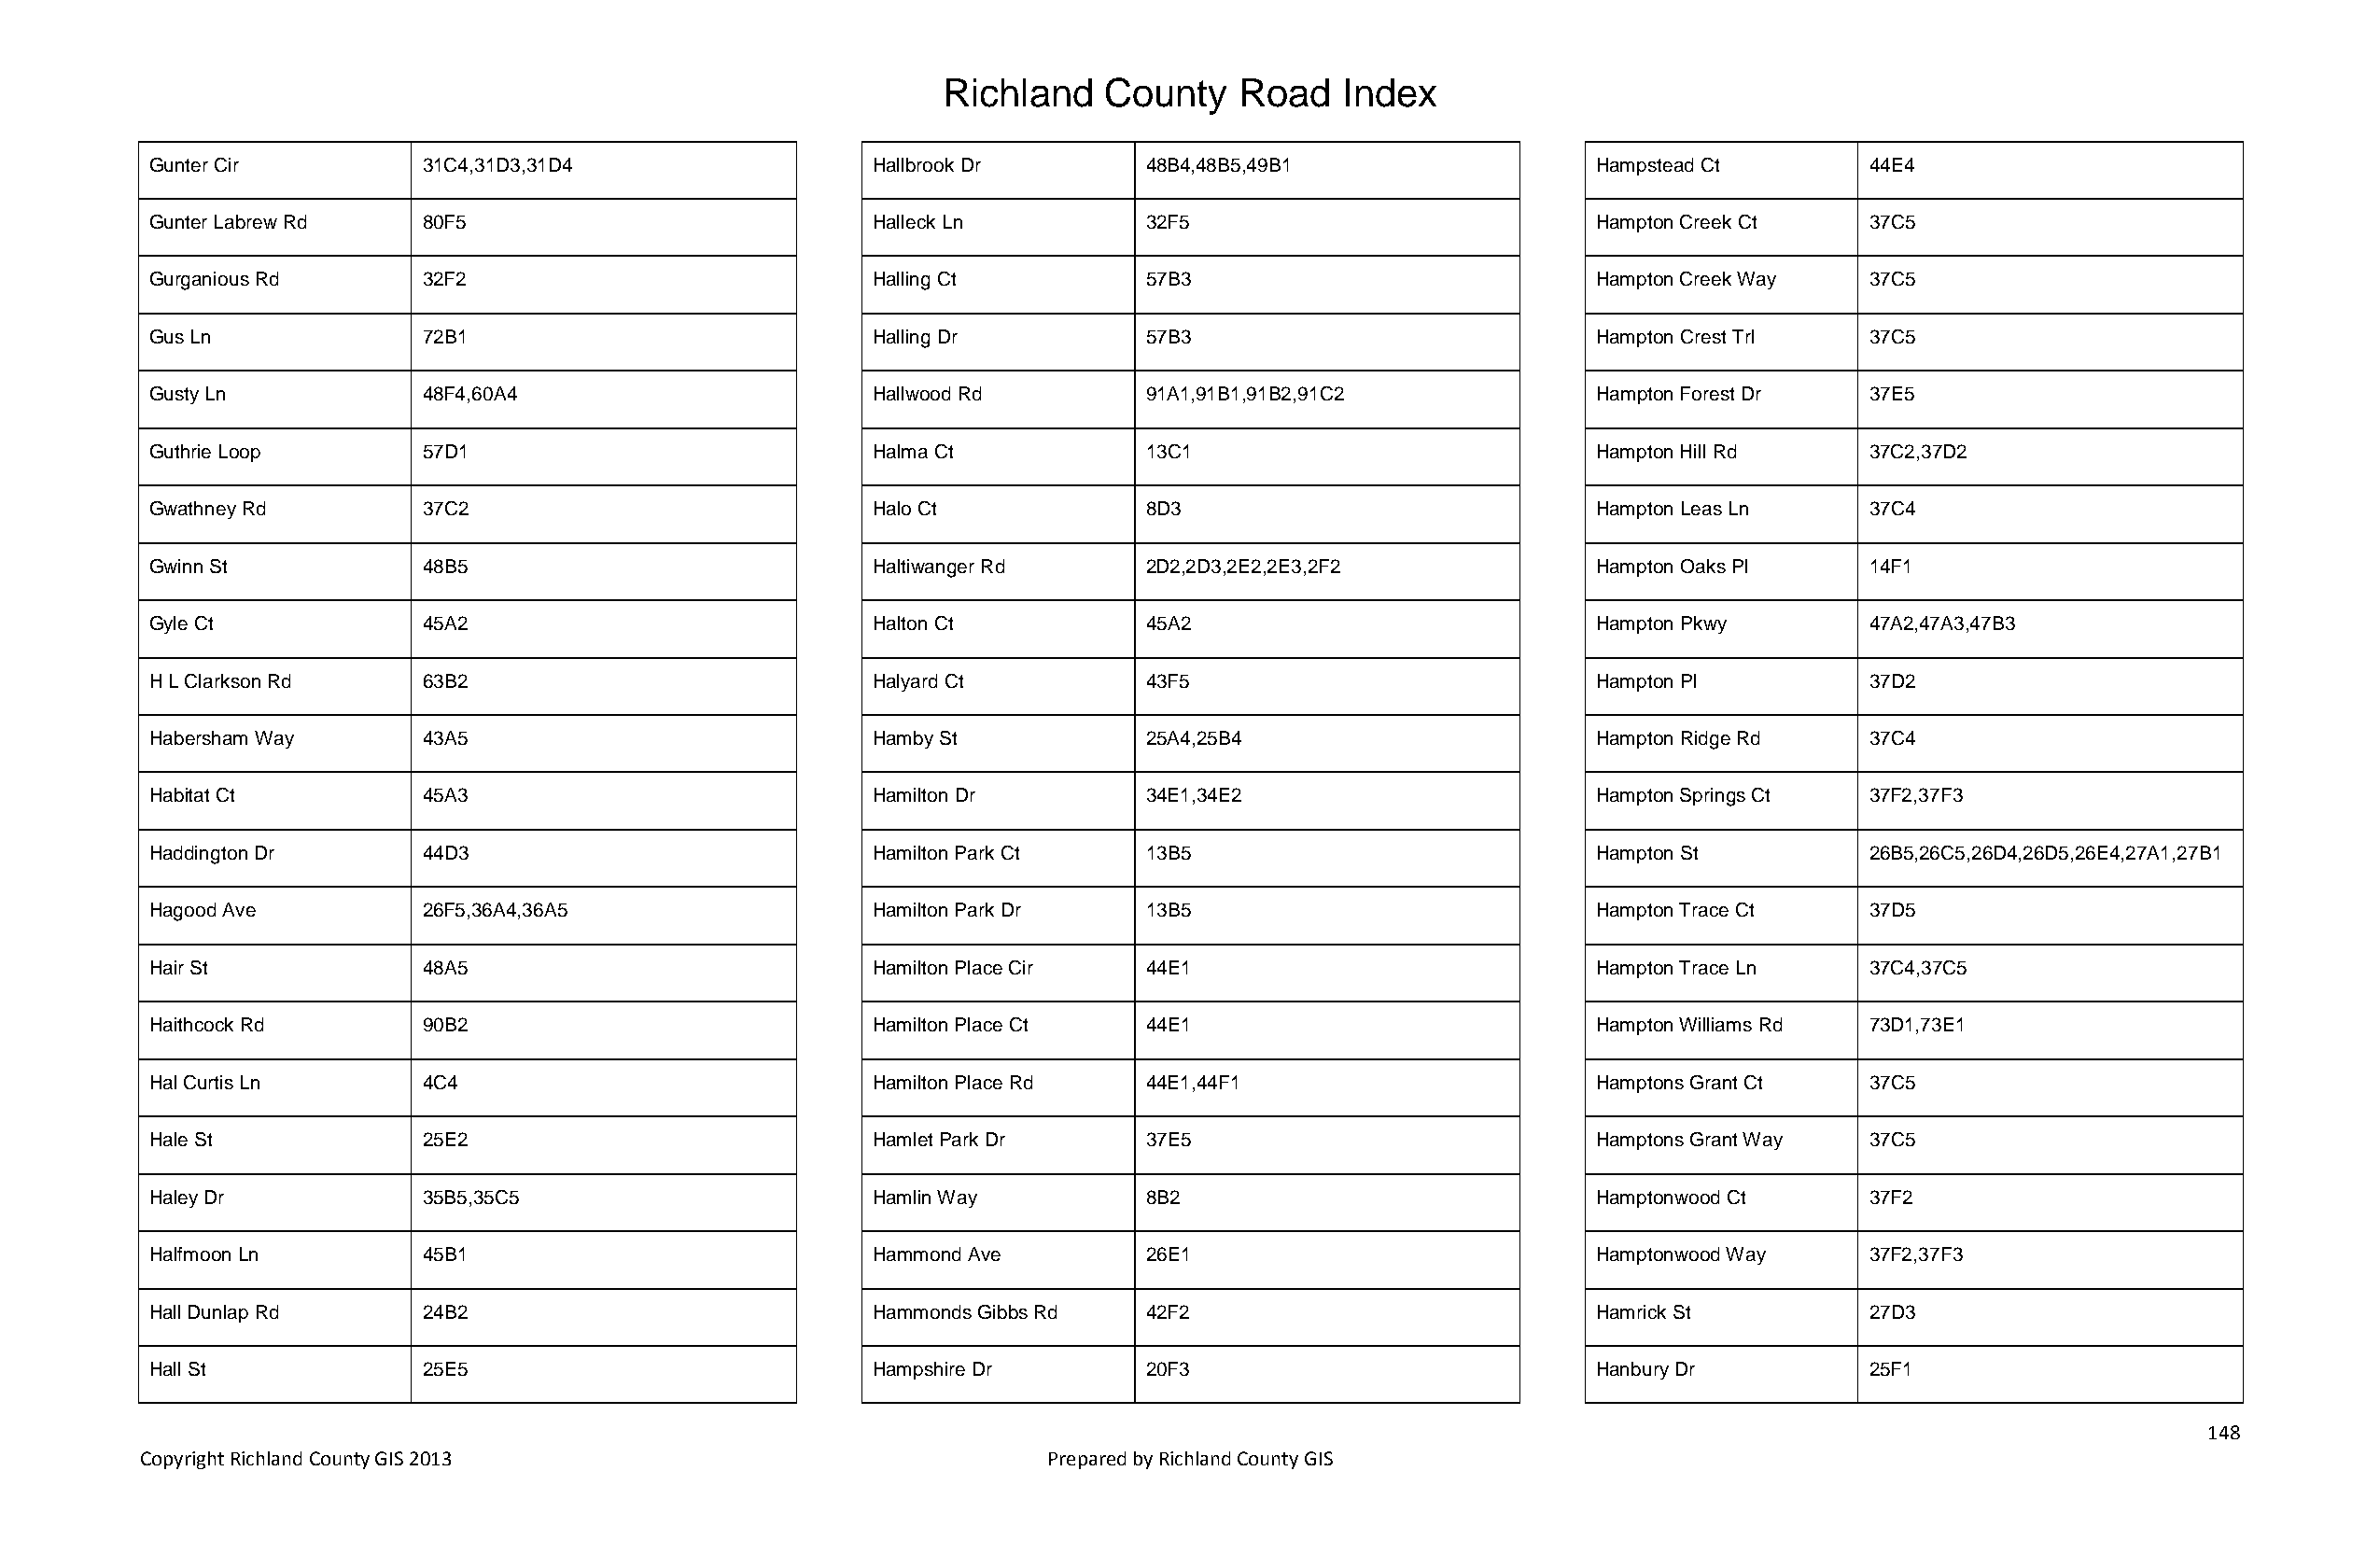
Richland   County    Road   Index
 Gunter Cir         31C4,31D3,31D4                  Hallbrook Dr       48B4,48B5,49B1                  Hampstead Ct        44E4
 Gunter Labrew Rd   80F5                            Halleck Ln         32F5                            Hampton Creek Ct    37C5
 Gurganious Rd      32F2                            Halling Ct         57B3                            Hampton Creek Way   37C5
 Gus Ln             72B1                            Halling Dr         57B3                            Hampton Crest Trl   37C5
 Gusty Ln           48F4,60A4                       Hallwood Rd        91A1,91B1,91B2,91C2             Hampton Forest Dr   37E5
 Guthrie Loop       57D1                            Halma Ct           13C1                            Hampton Hill Rd     37C2,37D2
 Gwathney Rd        37C2                            Halo Ct            8D3                             Hampton Leas Ln     37C4
 Gwinn St           48B5                            Haltiwanger Rd     2D2,2D3,2E2,2E3,2F2             Hampton Oaks Pl     14F1
 Gyle Ct            45A2                            Halton Ct          45A2                            Hampton Pkwy        47A2,47A3,47B3
 H L Clarkson Rd    63B2                            Halyard Ct         43F5                            Hampton Pl          37D2
 Habersham Way      43A5                            Hamby St           25A4,25B4                       Hampton Ridge Rd    37C4
 Habitat Ct         45A3                            Hamilton Dr        34E1,34E2                       Hampton Springs Ct  37F2,37F3
 Haddington Dr      44D3                            Hamilton Park Ct   13B5                            Hampton St          26B5,26C5,26D4,26D5,26E4,27A1,27B1
 Hagood Ave         26F5,36A4,36A5                  Hamilton Park Dr   13B5                            Hampton Trace Ct    37D5
 Hair St            48A5                            Hamilton Place Cir 44E1                            Hampton Trace Ln    37C4,37C5
 Haithcock Rd       90B2                            Hamilton Place Ct  44E1                            Hampton Williams Rd 73D1,73E1
 Hal Curtis Ln      4C4                             Hamilton Place Rd  44E1,44F1                       Hamptons Grant Ct   37C5
 Hale St            25E2                            Hamlet Park Dr     37E5                            Hamptons Grant Way  37C5
 Haley Dr           35B5,35C5                       Hamlin Way         8B2                             Hamptonwood Ct      37F2
 Halfmoon Ln        45B1                            Hammond Ave        26E1                            Hamptonwood Way     37F2,37F3
 Hall Dunlap Rd     24B2                            Hammonds Gibbs Rd  42F2                            Hamrick St          27D3
 Hall St            25E5                            Hampshire Dr       20F3                            Hanbury Dr          25F1
 148
 Copyright Richland County GIS 2013                              Prepared by Richland County GIS